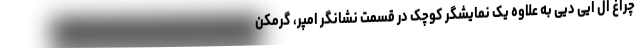
چراغ ال ایی دیی به علاوه یک نمایشگر کوچک در قسمت نشانگر امپر، گرمکن